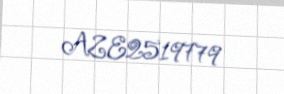
AZE2519779